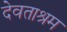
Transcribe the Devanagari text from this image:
देवताश्रम